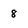
Character: 8